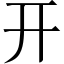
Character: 开